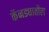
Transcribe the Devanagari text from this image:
कॅनड्यातील